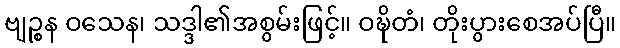
ဗျဉ္စန ဝသေန၊ သဒ္ဒါ၏အစွမ်းဖြင့်။ ဝဍ္ဎိတံ၊ တိုးပွားစေအပ်ပြီ။